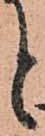
と